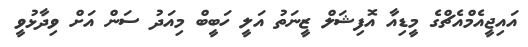
އައިޖީއެމްއެޗްގެ މީޑިއާ އޮފިޝަލް ޒީނަތު އަލީ ހަބީބް މިއަދު ސަން އަށް ވިދާޅުވީ